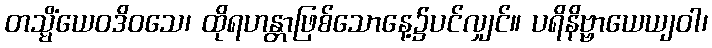
တသ္မိံယေဝဒိဝသေ၊ ထိုရဟန္တာဖြစ်သောနေ့၌ပင်လျှင်။ ပရိနိဗ္ဗာယေယျဝါ၊